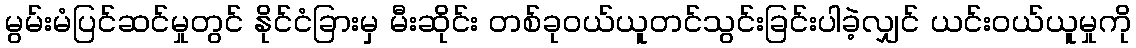
မွမ်းမံပြင်ဆင်မှုတွင် နိုင်ငံခြားမှ မီးဆိုင်း တစ်ခုဝယ်ယူတင်သွင်းခြင်းပါခဲ့လျှင် ယင်းဝယ်ယူမှုကို